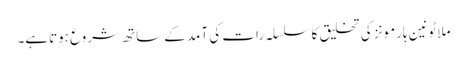
ملاٹونین ہارمونز کی تخلیق کا سلسلہ رات کی آمد کے ساتھ شروع ہوتاہے۔